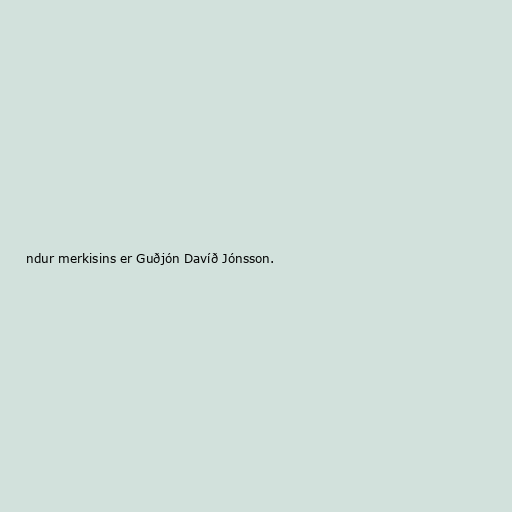
ndur merkisins er Guðjón Davíð Jónsson.